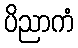
ပိညာကံ